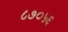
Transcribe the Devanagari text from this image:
८७०५६